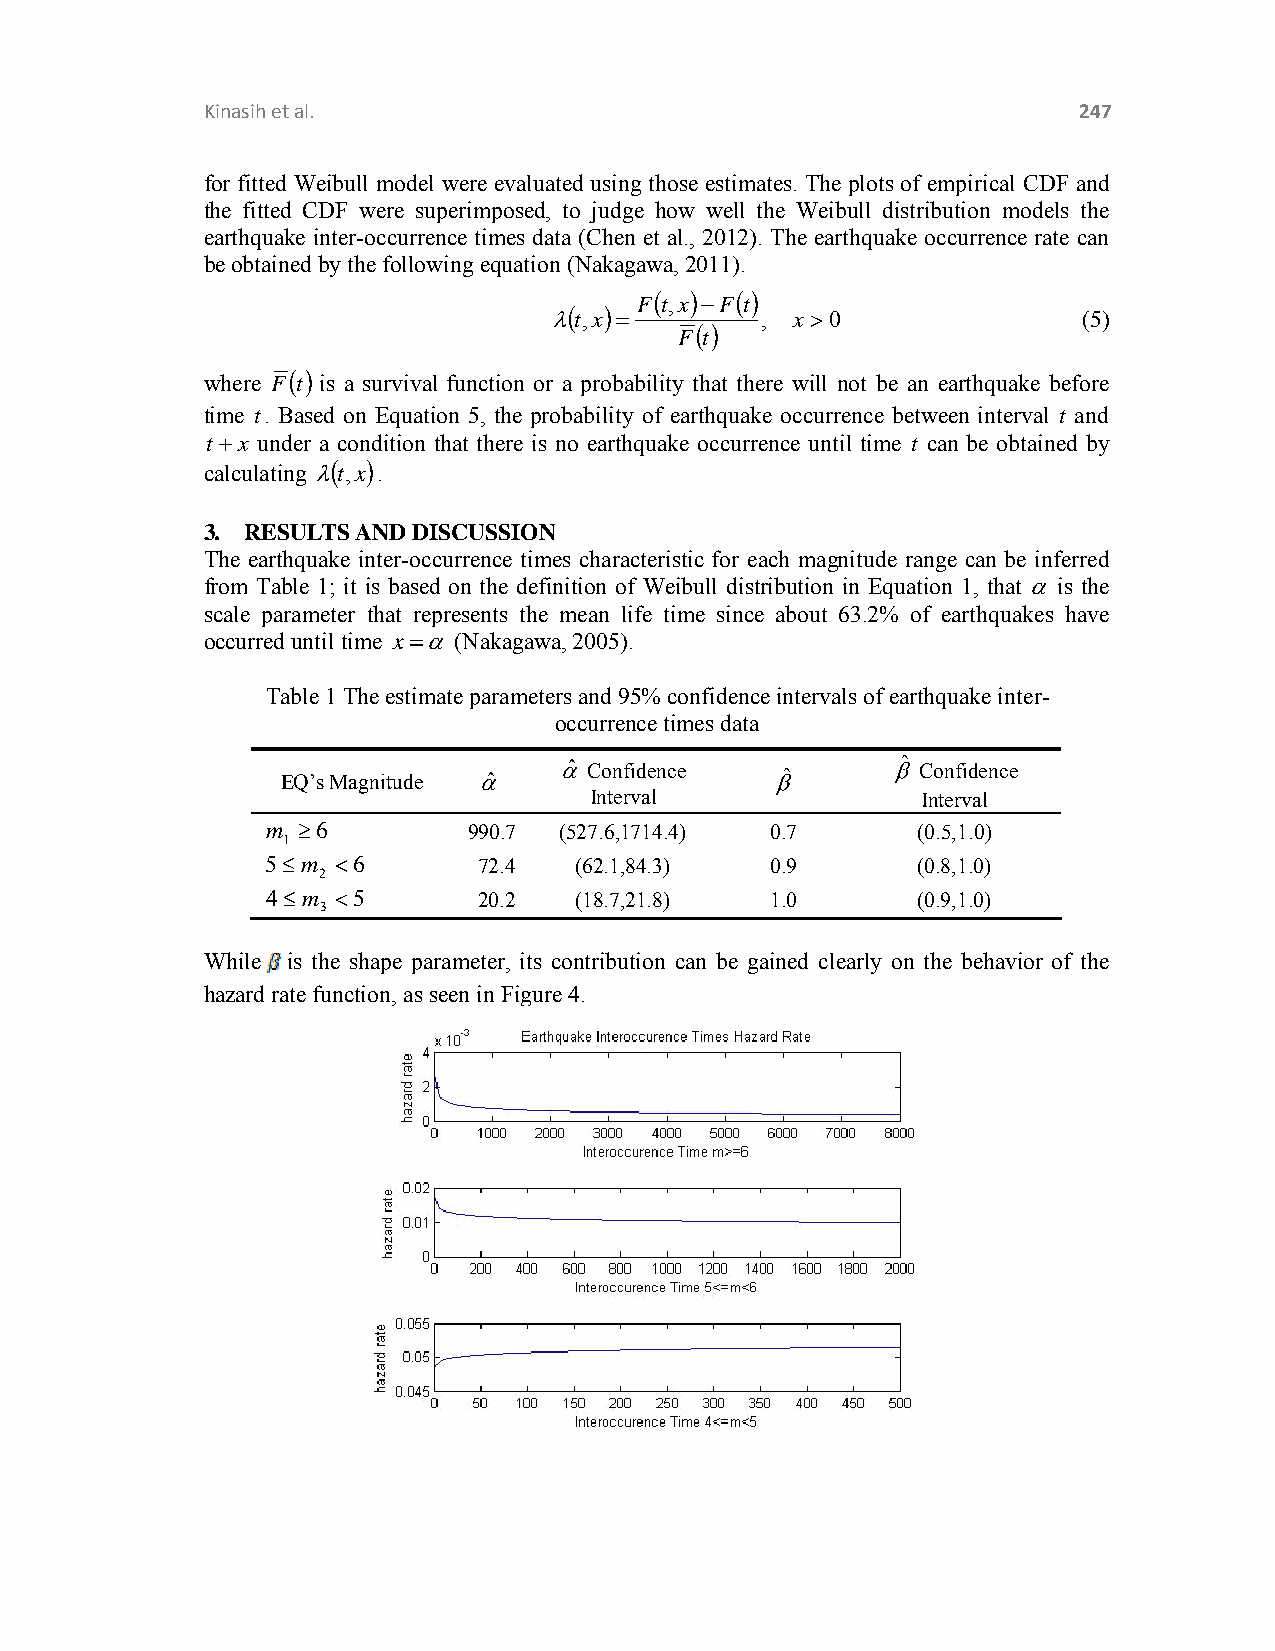
Kinasih et al.                                            247
 for fitted Weibull model were evaluated using those estimates. The plots of empirical CDF and
 the fitted CDF were superimposed, to judge how well the Weibull distribution models the
 earthquake inter-occurrence times data (Chen et al., 2012). The earthquake occurrence rate can
 be obtained by the following equation (Nakagawa, 2011).
 Ft,xFt
 t,x       ,  x 0               (5)
 Ft
 where Ft is a survival function or a probability that there will not be an earthquake before
 time t. Based on Equation 5, the probability of earthquake occurrence between interval t and
 tx under a condition that there is no earthquake occurrence until time t can be obtained by
 calculating
 t,x
 .
 3. RESULTS AND DISCUSSION
 The earthquake inter-occurrence times characteristic for each magnitude range can be inferred
 from Table 1; it is based on the definition of Weibull distribution in Equation 1, that  is the
 scale parameter that represents the mean life time since about 63.2% of earthquakes have
 occurred until time x (Nakagawa, 2005).
 Table 1 The estimate parameters and 95% confidence intervals of earthquake inter-
 occurrence times data
 EQ’s Magnitude ˆ ˆ Confidence ˆ      ˆ Confidence
 Interval              Interval
 m 6         990.7 (527.6,1714.4) 0.7      (0.5,1.0)
 1
 5m 6        72.4  (62.1,84.3)  0.9       (0.8,1.0)
 2
 4m 5        20.2  (18.7,21.8)  1.0       (0.9,1.0)
 3
 While is the shape parameter, its contribution can be gained clearly on the behavior of the
 hazard rate function, as seen in Figure 4.